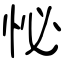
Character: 怭